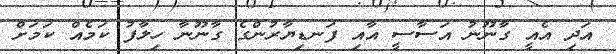
އަދި އެއީ ގާނޫނު އަސާސީ އާއި ފަނޑިޔާރުންގެ ގާނޫނާ ހިލާފު ކަމެއް ކަމަށް